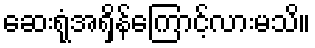
ဆေးရုံအရှိန်ကြောင့်လားမသိ။